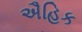
ઐહિક